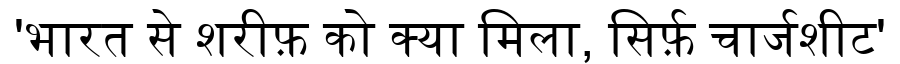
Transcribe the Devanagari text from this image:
'भारत से शरीफ़ को क्या मिला, सिर्फ़ चार्जशीट'